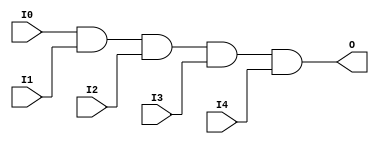
// $Header: /devl/xcs/repo/env/Databases/CAEInterfaces/verunilibs/data/uni9000/AND5.v,v 1.4 2007/05/23 20:04:50 patrickp Exp $
///////////////////////////////////////////////////////////////////////////////
// Copyright (c) 1995/2004 Xilinx, Inc.
// All Right Reserved.
///////////////////////////////////////////////////////////////////////////////
//   ____  ____
//  /   /\/   /
// /___/  \  /    Vendor : Xilinx
// \   \   \/     Version : 7.1i (H.19)
//  \   \         Description : Xilinx Functional Simulation Library Component
//  /   /                  5-input AND Gate
// /___/   /\     Filename : AND5.v
// \   \  /  \    Timestamp : Thu Mar 25 16:41:30 PST 2004
//  \___\/\___\
//
// Revision:
//    03/23/04 - Initial version.
//    05/23/07 - Changed timescale to 1 ps / 1 ps.

`timescale  1 ps / 1 ps

`celldefine

module AND5 (O, I0, I1, I2, I3, I4);


    output O;

    input  I0, I1, I2, I3, I4;

    and A1 (O, I0, I1, I2, I3, I4);

    specify
	(I0 *> O) = (0, 0);
	(I1 *> O) = (0, 0);
	(I2 *> O) = (0, 0);
	(I3 *> O) = (0, 0);
	(I4 *> O) = (0, 0);
    endspecify

endmodule

`endcelldefine